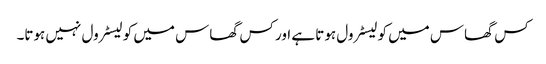
کس گھاس میں کولیسٹرول ہوتا ہے اور کس گھاس میں کولیسٹرول نہیں ہوتا۔